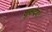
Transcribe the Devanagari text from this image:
शुकदेव।